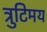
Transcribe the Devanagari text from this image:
त्रुटिमय